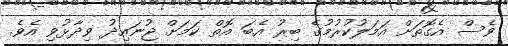
ވެސް އެގޮތަށް އަމަލުކުރުމުގެ ބިރު އެބަ އޮތް ކަމަށް ޖުނައިދު ވިދާޅުވި އެވެ.